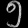
Digit: ၅